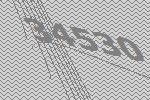
34530